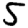
Digit: 5